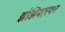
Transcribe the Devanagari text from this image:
झंझिबारवर